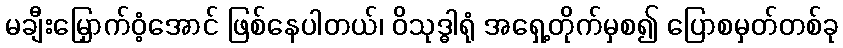
မချီးမြှောက်ဝံ့အောင် ဖြစ်နေပါတယ်၊ ဝိသုဒ္ဓါရုံ အရှေ့တိုက်မှစ၍ ပြောစမှတ်တစ်ခု